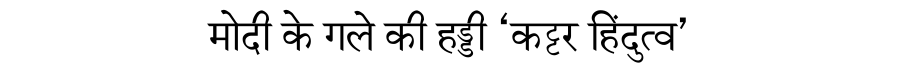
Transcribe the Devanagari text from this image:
मोदी के गले की हड्डी ‘कट्टर हिंदुत्व’